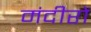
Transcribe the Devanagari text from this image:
मंदीरों